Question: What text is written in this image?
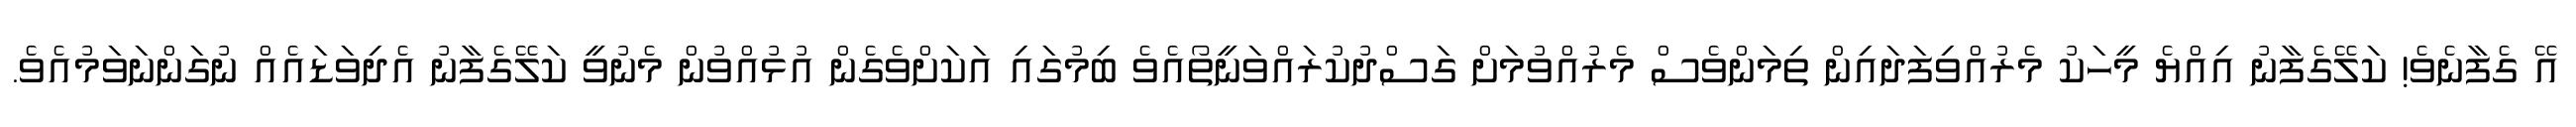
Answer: އޭ ގެފާނެވެ! ކަލޭގެފާނު އިއްޔެ މީހަކު މެރުއްވިފަދައިން ތިމަންވެސް މެރުއްވުމަށް ގަސްދުކުރައްވަނީތޯއެވެ ބިމުގައި އަކަށްވެގެން އުޅުއްވުން މެނުވީ ކަލޭގެފާނު އެދިވަޑައެއް ނުގަންނަވަމުއެވެ.